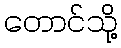
တောင်သို့